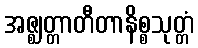
အဇ္ဈတ္တာတီတာနိစ္စသုတ္တံ